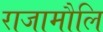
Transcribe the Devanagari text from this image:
राजामौलि